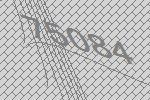
75084